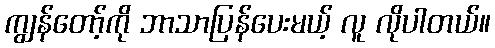
ကျွန်တော့်ကို ဘာသာပြန်ပေးမယ့် လူ လိုပါတယ်။